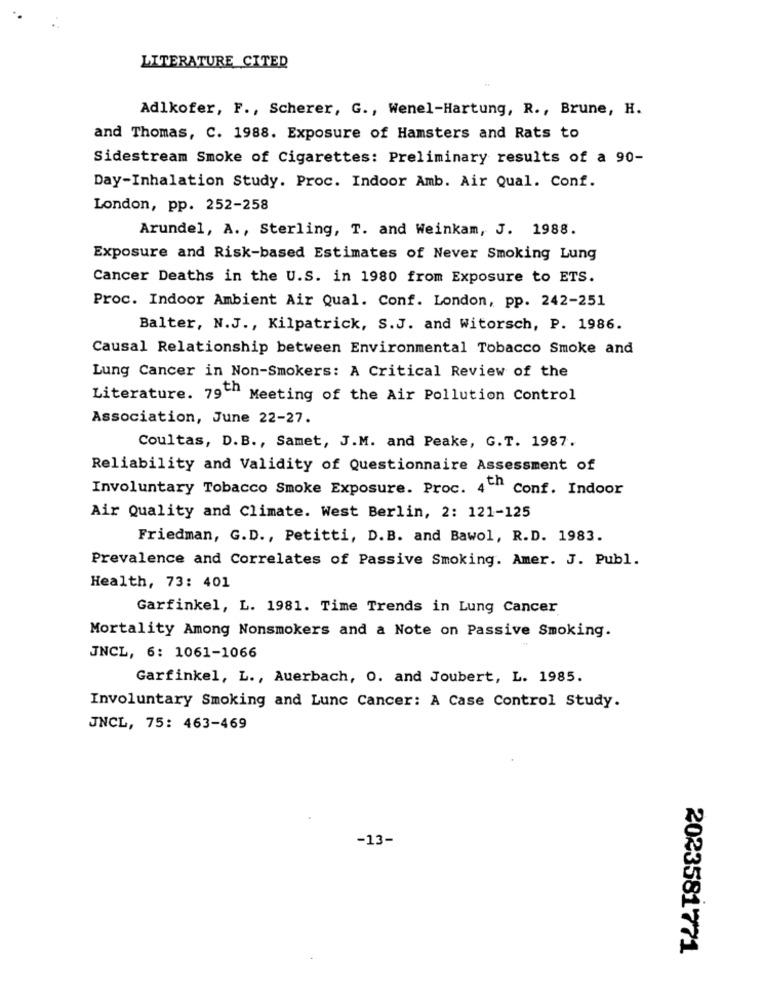
LITERATURE CITED
Adlkofer, F ., Scherer, G ., Wenel-Hartung, R ., Brune, H.
and Thomas, C. 1988. Exposure of Hamsters and Rats to
Sidestream Smoke of Cigarettes: Preliminary results of a 90-
Day-Inhalation Study. Proc. Indoor Amb. Air Qual. Conf.
London, pp. 252-258
Arundel, A ., Sterling, T. and Weinkam, J. 1988.
Exposure and Risk-based Estimates of Never Smoking Lung
Cancer Deaths in the U.S. in 1980 from Exposure to ETS.
Proc. Indoor Ambient Air Qual. Conf. London, pp. 242-251
Balter, N.J ., Kilpatrick, S.J. and Witorsch, P. 1986.
Causal Relationship between Environmental Tobacco Smoke and
Lung Cancer in Non-Smokers: A Critical Review of the
Literature. 79" Meeting of the Air Pollution Control
Association, June 22-27.
Coultas, D.B ., Samet, J.M. and Peake, G.T. 1987.
Reliability and Validity of Questionnaire Assessment of
Involuntary Tobacco Smoke Exposure. Proc. 4"" conf. Indoor
Air Quality and Climate. West Berlin, 2: 121-125
Friedman, G.D ., Petitti, D.B. and Bawol, R.D. 1983.
Prevalence and Correlates of Passive Smoking. Amer. J. Publ.
Health, 73: 401
Garfinkel, L. 1981. Time Trends in Lung Cancer
Mortality Among Nonsmokers and a Note on Passive Smoking.
JNCL, 6: 1061-1066
Garfinkel, L ., Auerbach, O. and Joubert, L. 1985.
Involuntary Smoking and Lunc Cancer: A Case Control Study.
JNCL, 75: 463-469
-13-
2023581771